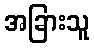
အခြားသူ